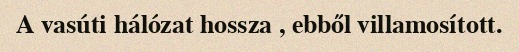
A vasúti hálózat hossza , ebből villamosított.